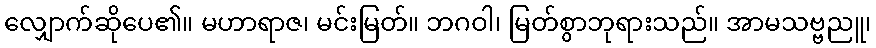
လျှောက်ဆိုပေ၏။ မဟာရာဇ၊ မင်းမြတ်။ ဘဂဝါ၊ မြတ်စွာဘုရားသည်။ အာမသဗ္ဗညူ၊